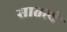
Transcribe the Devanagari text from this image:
सातत्ये